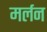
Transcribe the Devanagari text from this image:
मर्लन